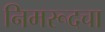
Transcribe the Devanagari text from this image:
निमरूदचा